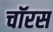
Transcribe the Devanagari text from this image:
चॉरस